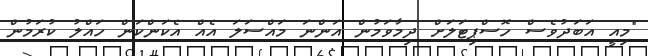
"މިއީ އަބަދުވެސް ހޮސްޕިޓަލަށް ދިމާވަމުން އަންނަ މައްސަލަ އެއް އެކަންކަން ހައްލު ކުރަމުން